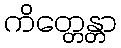
ကိတ္တေန္တာ